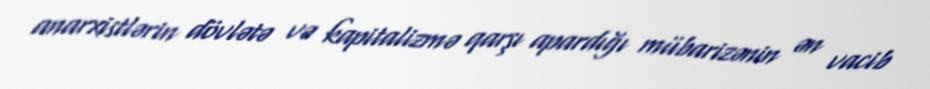
anarxistlərin dövlətə və kapitalizmə qarşı apardığı mübarizənin ən vacib